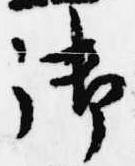
御